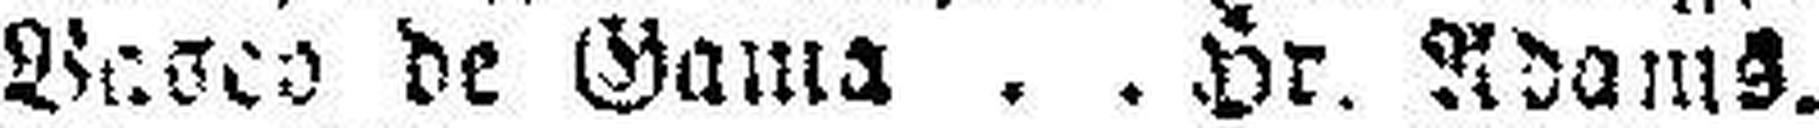
Veseo de Gama Hr. Adams.